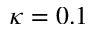
\kappa = 0 . 1